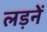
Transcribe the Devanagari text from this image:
लड़नें